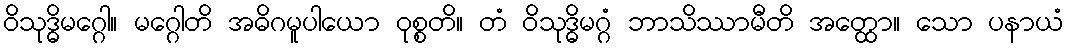
ဝိသုဒ္ဓိမဂ္ဂေါ။ မဂ္ဂေါတိ အဓိဂမူပါယော ဝုစ္စတိ။ တံ ဝိသုဒ္ဓိမဂ္ဂံ ဘာသိဿာမီတိ အတ္ထော။ သော ပနာယံ